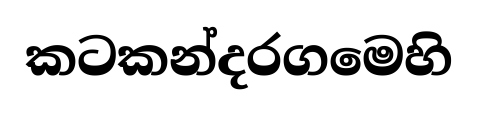
කටකන්දරගමෙහි